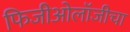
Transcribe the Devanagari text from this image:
फिजीओलॉजीचा